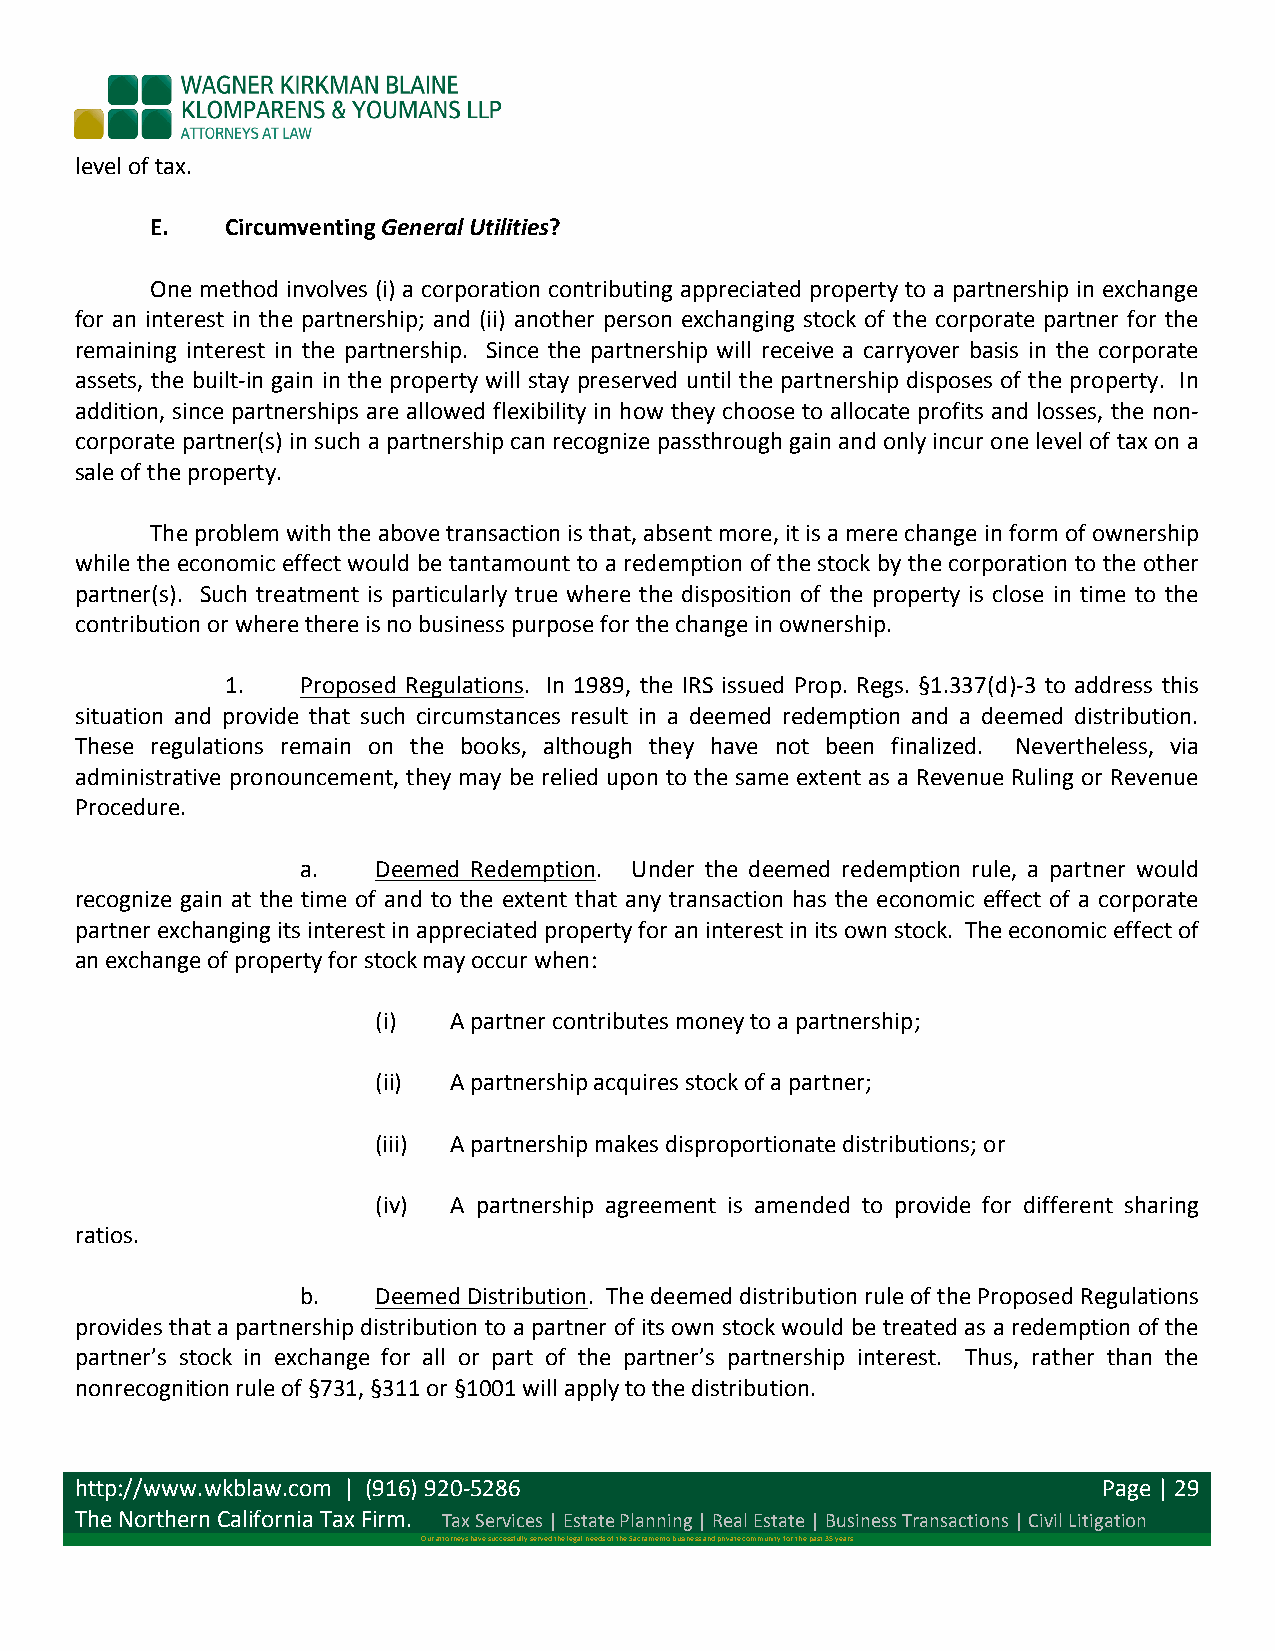
level of tax.
 E.   Circumventing General Utilities?
 One method involves (i) a corporation contributing appreciated property to a partnership in exchange
 for an interest in the partnership; and (ii) another person exchanging stock of the corporate partner for the
 remaining interest in the partnership. Since the partnership will receive a carryover basis in the corporate
 assets, the built-­‐in gain in the property will stay preserved until the partnership disposes of the property. In
 addition, since partnerships are allowed flexibility in how they choose to allocate profits and losses, the non-­‐
 corporate partner(s) in such a partnership can recognize passthrough gain and only incur one level of tax on a
 sale of the property.
 The problem with the above transaction is that, absent more, it is a mere change in form of ownership
 while the economic effect would be tantamount to a redemption of the stock by the corporation to the other
 partner(s). Such treatment is particularly true where the disposition of the property is close in time to the
 contribution or where there is no business purpose for the change in ownership.
 1.   Proposed Regulations. In 1989, the IRS issued Prop. Regs. §1.337(d)-­‐3 to address this
 situation and provide that such circumstances result in a deemed redemption and a deemed distribution.
 These regulations remain on the books, although they have not been finalized. Nevertheless, via
 administrative pronouncement, they may be relied upon to the same extent as a Revenue Ruling or Revenue
 Procedure.
 a.   Deemed Redemption. Under the deemed redemption rule, a partner would
 recognize gain at the time of and to the extent that any transaction has the economic effect of a corporate
 partner exchanging its interest in appreciated property for an interest in its own stock. The economic effect of
 an exchange of property for stock may occur when:
 (i)  A partner contributes money to a partnership;
 (ii) A partnership acquires stock of a partner;
 (iii) A partnership makes disproportionate distributions; or
 (iv) A partnership agreement is amended to provide for different sharing
 ratios.
 b.   Deemed Distribution. The deemed distribution rule of the Proposed Regulations
 provides that a partnership distribution to a partner of its own stock would be treated as a redemption of the
 partner’s stock in exchange for all or part of the partner’s partnership interest. Thus, rather than the
 nonrecognition rule of §731, §311 or §1001 will apply to the distribution.
 http://www.wkblaw.com | (916) 920-­‐5286                            Page | 29
 The Northern California Tax Firm. Tax Services | Estate Planning | Real Estate | Business Transactions | Civil Litigation
 Our attorneys have successfully served the legal needs of the Sacramento business and private community for the past 35 years